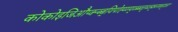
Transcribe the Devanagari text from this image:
कोकोइजिऔप्क्न्ब्ब्यिपोह्य्य्ग्य्व्ब्ब्व्त्च्व्त्र्फ्च्ग्फ्व्ग्व्ग